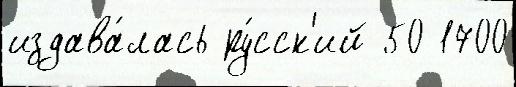
издава́лась ру́сск'ий 50 1700